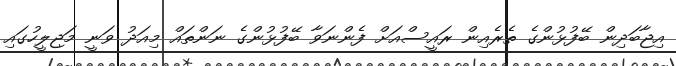
އިޖާބަދިން ބޭފުޅުންގެ ތެރެއިން ރައީސްއަށް ފެންނަވާ ބޭފުޅުންގެ ނަންތައް މިއަދު ވަނީ މަޖިލީހުގައި